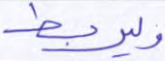
وليربط